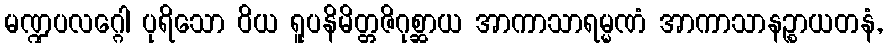
မဏ္ဍပလဂ္ဂေါ ပုရိသော ဝိယ ရူပနိမိတ္တဇိဂုစ္ဆာယ အာကာသာရမ္မဏံ အာကာသာနဉ္စာယတနံ,